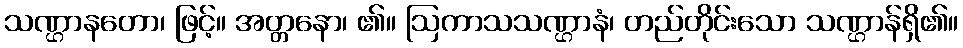
သဏ္ဌာနတော၊ ဖြင့်။ အတ္တနော၊ ၏။ ဩကာသသဏ္ဌာနံ၊ တည်တိုင်းသော သဏ္ဌာန်ရှိ၏။